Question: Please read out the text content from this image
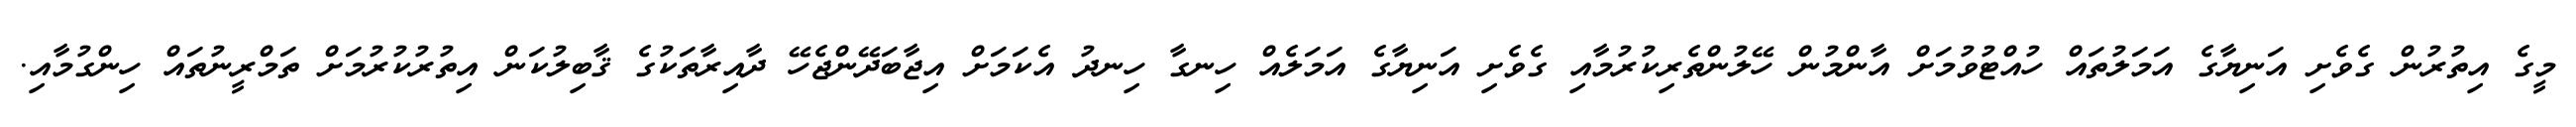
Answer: މީގެ އިތުރުން ގެވެށި އަނިޔާގެ އަމަލުތައް ހުއްޓުވުމަށް އާންމުން ހޭލުންތެރިކުރުމާއި ގެވެށި އަނިޔާގެ އަމަލެއް ހިނގާ ހިނދު އެކަމަށް އިޖާބަދޭންޖެހޭ ދާއިރާތަކުގެ ޤާބިލުކަން އިތުރުކުރުމަށް ތަމްރީނުތައް ހިންގުމާއި.